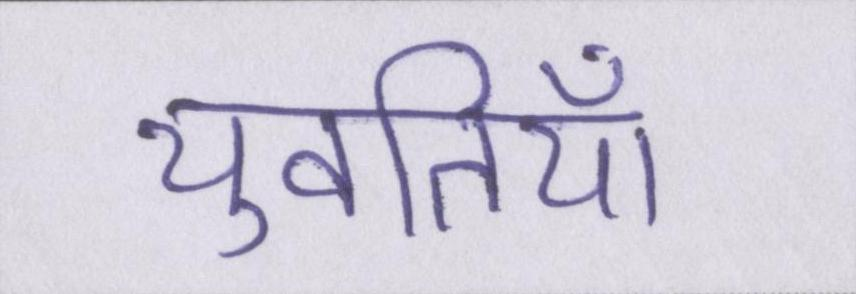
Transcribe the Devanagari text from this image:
युवतियाँ